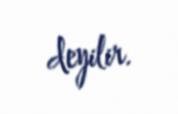
deyilir.